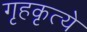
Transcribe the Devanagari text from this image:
गृहकृत्ये